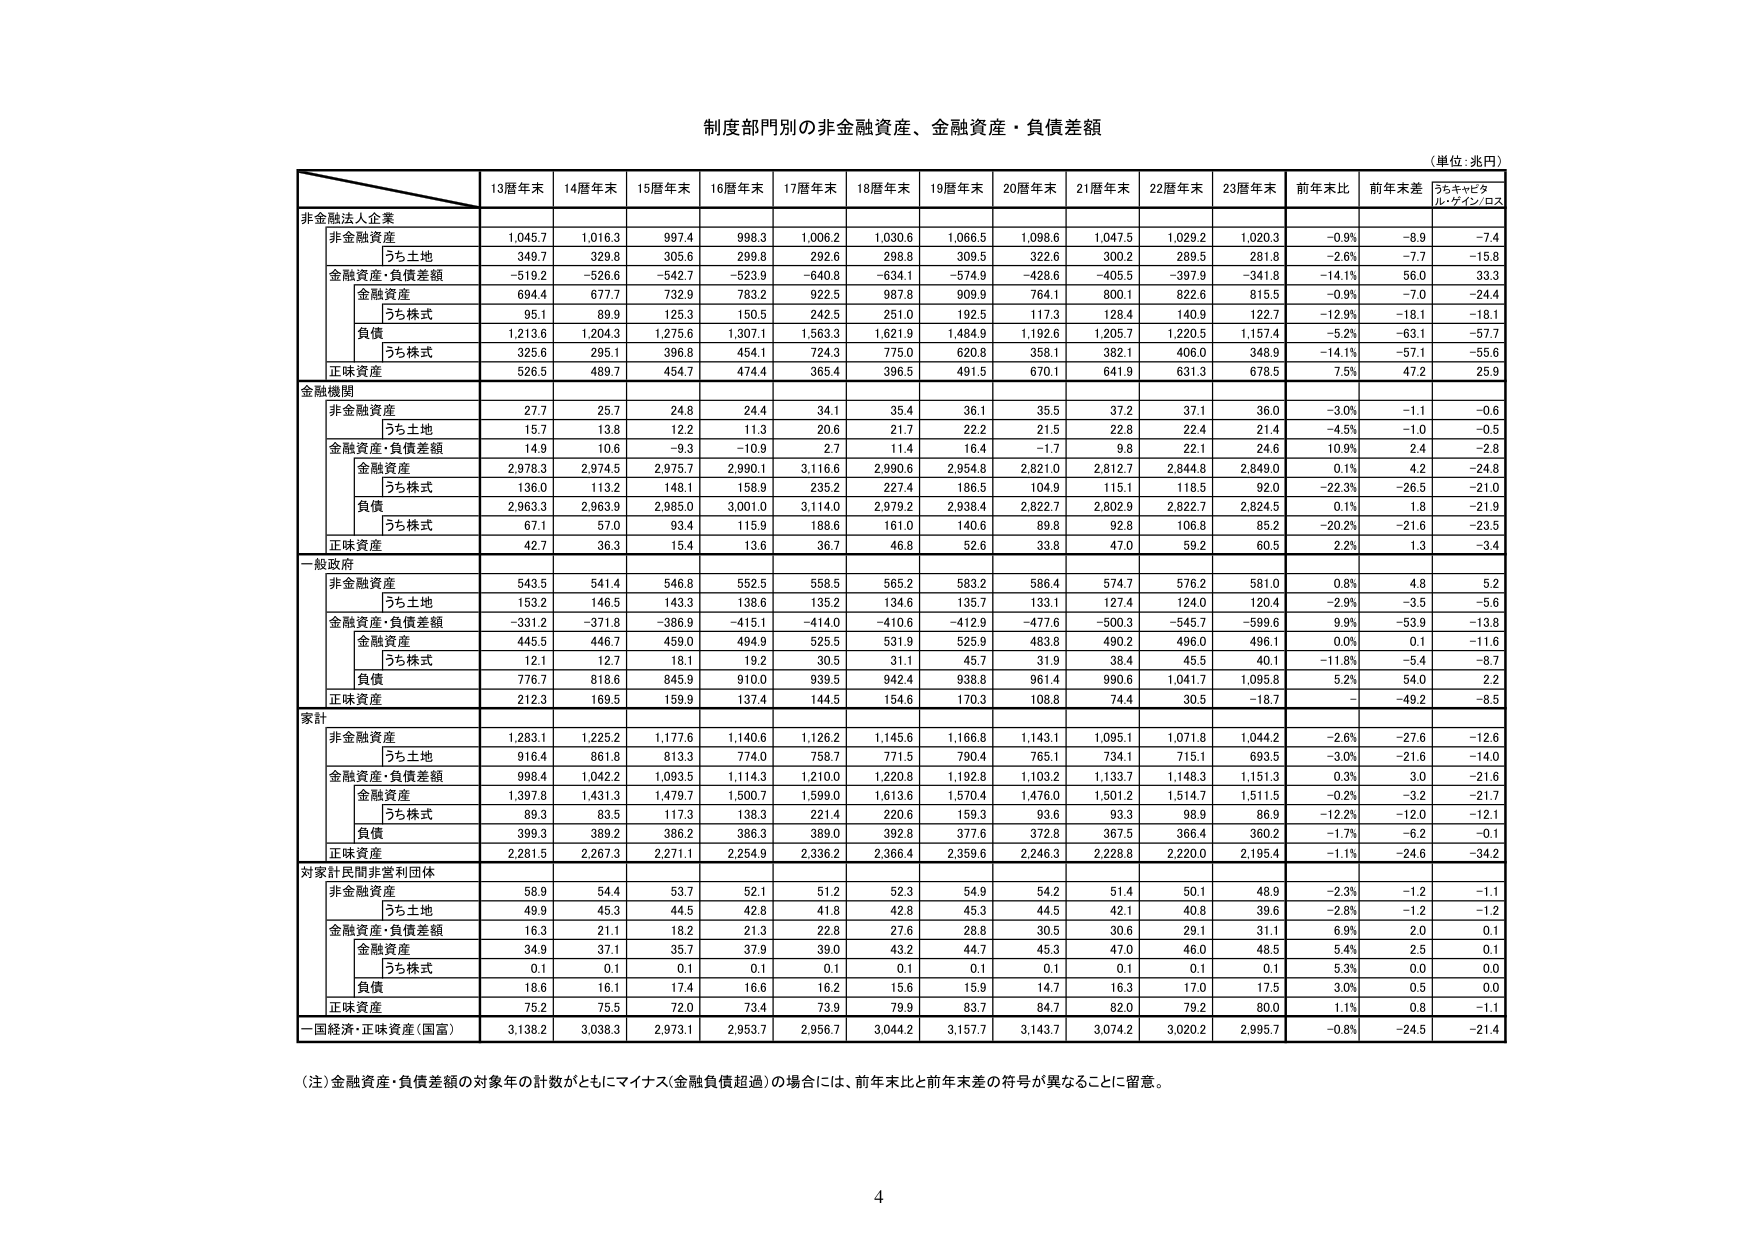
制度部門別の非金融資産、金融資産・負債差額
（単位：兆円）

非金融法人企業
　非金融資産　1,045.7　1,016.3　997.4　998.3　1,006.2　1,030.6　1,066.5　1,098.6　1,047.5　1,029.2　1,020.3　−0.9%　−8.9　−7.4
　　うち土地　349.7　329.8　305.6　299.8　292.6　298.8　309.5　322.6　300.2　289.5　281.8　−2.6%　−7.7　−15.8
　金融資産・負債差額　−519.2　−526.6　−542.7　−523.9　−640.8　−634.1　−574.9　−428.6　−405.5　−397.9　−341.8　−14.1%　56.0　33.3
　　金融資産　694.4　677.7　732.9　783.2　922.5　987.8　909.9　764.1　800.1　822.6　815.5　−0.9%　−7.0　−24.4
　　　うち株式　95.1　89.9　125.3　150.5　242.5　251.0　192.5　117.3　128.4　140.9　122.7　−12.9%　−18.1　−18.1
　　負債　1,213.6　1,204.3　1,275.6　1,307.1　1,563.3　1,621.9　1,484.9　1,192.6　1,205.7　1,220.5　1,157.4　−5.2%　−63.1　−57.7
　　　うち株式　325.6　295.1　396.8　454.1　724.3　775.0　620.8　358.1　382.1　406.0　348.9　−14.1%　−57.1　−55.6
　正味資産　526.5　489.7　454.7　474.4　365.4　396.5　491.5　670.1　641.9　631.3　678.5　7.5%　47.2　25.9

金融機関
　非金融資産　27.7　25.7　24.8　24.4　34.1　35.4　36.1　35.5　37.2　37.1　36.0　−3.0%　−1.1　−0.6
　　うち土地　15.7　13.8　12.2　11.3　20.6　21.7　22.2　21.5　22.8　22.4　21.4　−4.5%　−1.0　−0.5
　金融資産・負債差額　14.9　10.6　−9.3　−10.9　2.7　11.4　16.4　−1.7　9.8　22.1　24.6　10.9%　2.4　−2.8
　　金融資産　2,978.3　2,974.5　2,975.7　2,990.1　3,116.6　2,990.6　2,954.8　2,821.0　2,812.7　2,844.8　2,849.0　0.1%　4.2　−24.8
　　　うち株式　136.0　113.2　148.1　158.9　235.2　227.4　186.5　104.9　115.1　118.5　92.0　−22.3%　−26.5　−21.0
　　負債　2,963.3　2,963.9　2,985.0　3,001.0　3,114.0　2,979.2　2,938.4　2,822.7　2,802.9　2,822.7　2,824.5　0.1%　1.8　−21.9
　　　うち株式　67.1　57.0　93.4　115.9　188.6　161.0　140.6　89.8　92.8　106.8　85.2　−20.2%　−21.6　−23.5
　正味資産　42.7　36.3　15.4　13.6　36.7　46.8　52.6　33.8　47.0　59.2　60.5　2.2%　1.3　−3.4

一般政府
　非金融資産　543.5　541.4　546.8　552.5　558.5　565.2　583.2　586.4　574.7　576.2　581.0　0.8%　4.8　5.2
　　うち土地　153.2　146.5　143.3　138.6　135.2　134.6　135.7　133.1　127.4　124.0　120.4　−2.9%　−3.5　−5.6
　金融資産・負債差額　−331.2　−371.8　−386.9　−415.1　−414.0　−410.6　−412.9　−477.6　−500.3　−545.7　−599.6　9.9%　−53.9　−13.8
　　金融資産　445.5　446.7　459.0　494.9　525.5　531.9　525.9　483.8　490.2　496.0　496.1　0.0%　0.1　−11.6
　　　うち株式　12.1　12.7　18.1　19.2　30.5　31.1　45.7　31.9　38.4　45.5　40.1　−11.8%　−5.4　−8.7
　　負債　776.7　818.6　845.9　910.0　939.5　942.4　938.8　961.4　990.6　1,041.7　1,095.8　5.2%　54.0　2.2
　正味資産　212.3　169.5　159.9　137.4　144.5　154.6　170.3　108.8　74.4　30.5　−18.7　−　−49.2　−8.5

家計
　非金融資産　1,283.1　1,225.2　1,177.6　1,140.6　1,126.2　1,145.6　1,166.8　1,143.1　1,095.1　1,071.8　1,044.2　−2.6%　−27.6　−12.6
　　うち土地　916.4　861.8　813.3　774.0　758.7　771.5　790.4　765.1　734.1　715.1　693.5　−3.0%　−21.6　−14.0
　金融資産・負債差額　998.4　1,042.2　1,093.5　1,114.3　1,210.0　1,220.8　1,192.8　1,103.2　1,133.7　1,148.3　1,151.3　0.3%　3.0　−21.6
　　金融資産　1,397.8　1,431.3　1,479.7　1,500.7　1,599.0　1,613.6　1,570.4　1,476.0　1,501.2　1,514.7　1,511.5　−0.2%　−3.2　−21.7
　　　うち株式　89.3　83.5　117.3　138.3　221.4　220.6　159.3　93.6　93.3　98.9　86.9　−12.2%　−12.0　−12.1
　　負債　399.3　389.2　386.2　386.3　389.0　392.8　377.6　372.8　367.5　366.4　360.2　−1.7%　−6.2　−0.1
　正味資産　2,281.5　2,267.3　2,271.1　2,254.9　2,336.2　2,366.4　2,359.6　2,246.3　2,228.8　2,220.0　2,195.4　−1.1%　−24.6　−34.2

対家計民間非営利団体
　非金融資産　58.9　54.4　53.7　52.1　51.2　52.3　54.9　54.2　51.4　50.1　48.9　−2.3%　−1.2　−1.1
　　うち土地　49.9　45.3　44.5　42.8　41.8　42.8　45.3　44.5　42.1　40.8　39.6　−2.8%　−1.2　−1.2
　金融資産・負債差額　16.3　21.1　18.2　21.3　22.8　27.6　28.8　30.5　30.6　29.1　31.1　6.9%　2.0　0.1
　　金融資産　34.9　37.1　35.7　37.9　39.0　43.2　44.7　45.3　47.0　46.0　48.5　5.4%　2.5　0.1
　　　うち株式　0.1　0.1　0.1　0.1　0.1　0.1　0.1　0.1　0.1　0.1　0.1　5.3%　0.0　0.0
　　負債　18.6　16.1　17.4　16.6　16.2　15.6　15.9　14.7　16.3　17.0　17.5　3.0%　0.5　0.0
　正味資産　75.2　75.5　72.0　73.4　73.9　79.9　83.7　84.7　82.0　79.2　80.0　1.1%　0.8　−1.1

一国経済・正味資産（国富）　3,138.2　3,038.3　2,973.1　2,953.7　2,956.7　3,044.2　3,157.7　3,143.7　3,074.2　3,020.2　2,995.7　−0.8%　−24.5　−21.4

（注）金融資産・負債差額の対象年の計数がともにマイナス（金融負債超過）の場合には、前年末比と前年末差の符号が異なることに留意。

4